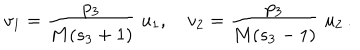
v _ { 1 } = { \frac { p _ { 3 } } { M ( s _ { 3 } + 1 ) } } \; u _ { 1 } , \quad v _ { 2 } = { \frac { p _ { 3 } } { M ( s _ { 3 } - 1 ) } } \; u _ { 2 } \, .